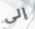
إلى